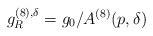
LaTeX: \begin{align*}g_R^{(8),\delta}=g_0/A^{(8)}(p,\delta)\end{align*}